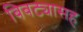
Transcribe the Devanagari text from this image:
बिबट्यासह